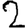
Digit: 2